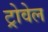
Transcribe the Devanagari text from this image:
ट्रोवेल